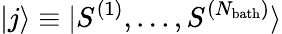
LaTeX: |j\rangle\equiv{|S^{(1)},...,S^{(N_{\mathrm{bath}})}\rangle}